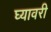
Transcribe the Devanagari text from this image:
घ्यावरी